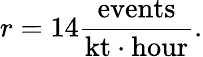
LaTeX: r=14\mathrm{{\frac{events}{kt\cdot hour}}}.